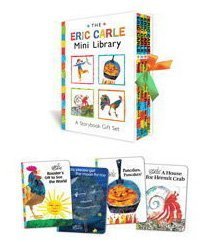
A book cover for The Eric Carle Mini Library: A Storybook Gift Set (The World of Eric Carle); Eric Carle; Children's Books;